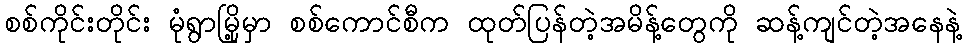
စစ်ကိုင်းတိုင်း မုံရွာမြို့မှာ စစ်ကောင်စီက ထုတ်ပြန်တဲ့အမိန့်တွေကို ဆန့်ကျင်တဲ့အနေနဲ့